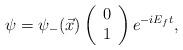
LaTeX: \begin{align*}\psi = {\psi}_- ( \vec{x}) \left(\begin{array}{c} 0 \\ 1 \end{array}\right) e^{-i E_f t } ,\end{align*}